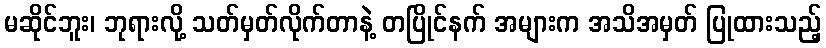
မဆိုင်ဘူး၊ ဘုရားလို့ သတ်မှတ်လိုက်တာနဲ့ တပြိုင်နက် အများက အသိအမှတ် ပြုထားသည့်